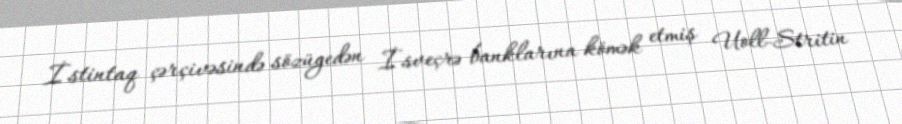
İstintaq çərçivəsində sözügedən İsveçrə banklarına kömək etmiş Uoll-Stritin